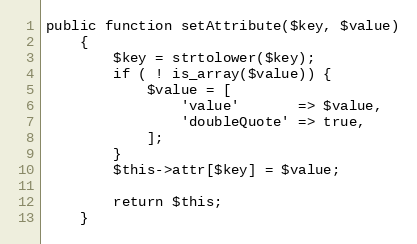
Language: PHP
public function setAttribute($key, $value)
    {
        $key = strtolower($key);
        if ( ! is_array($value)) {
            $value = [
                'value'       => $value,
                'doubleQuote' => true,
            ];
        }
        $this->attr[$key] = $value;

        return $this;
    }